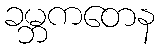
ခမ္ဘကတေန